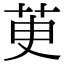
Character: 茰